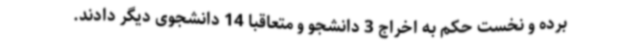
برده و نخست حکم به اخراج 3 دانشجو و متعاقبا 14 دانشجوی دیگر دادند.